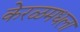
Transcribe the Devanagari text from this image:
केरळमधला